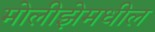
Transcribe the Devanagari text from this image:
मोलीझेमधील